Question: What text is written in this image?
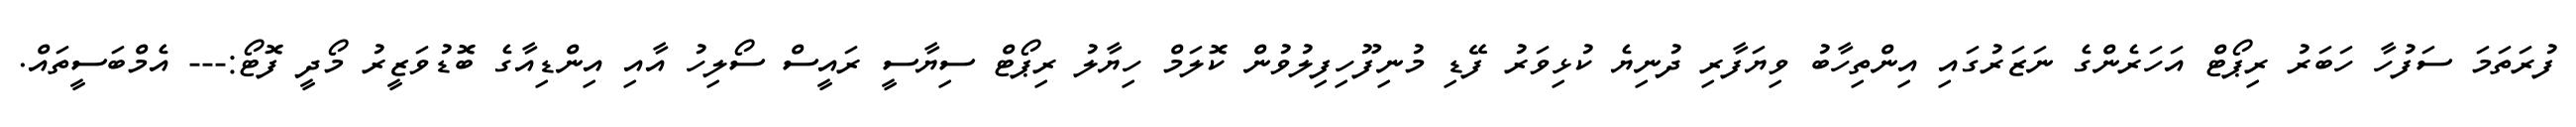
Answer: ފުރަތަމަ ސަފުހާ ހަބަރު ރިޕޯޓް އަހަރެންގެ ނަޒަރުގައި އިންތިހާބު ވިޔަފާރި ދުނިޔެ ކުޅިވަރު ފޭޑި މުނިފޫހިފިލުވުން ކޮލަމް ހިޔާލު ރިޕޯޓް ސިޔާސީ ރައީސް ސޯލިހު އާއި އިންޑިއާގެ ބޮޑުވަޒީރު މޯދީ ފޮޓޯ:--- އެމްބަސީތައް.